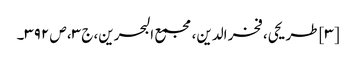
[۳] طریحی، فخر الدین، مجمع البحرین، ج ۳، ص ۳۹۲۔